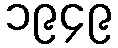
၁၉၄၉